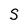
Character: S